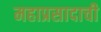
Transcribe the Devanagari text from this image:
महाप्रसादाची